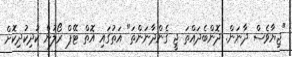
"ޖިޔާވެސް ދާނަން. ދޮންބެދައްތަ ޖީ ގެންދާނަންތަ" އަތުގައި އޮތް ޓޭޕް ރޯލުން ކުދިކުދިކޮށް